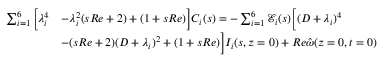
\begin{array} { r l } { \sum _ { i = 1 } ^ { 6 } \bigg [ \lambda _ { i } ^ { 4 } } & { - \lambda _ { i } ^ { 2 } ( s R e + 2 ) + ( 1 + s R e ) \bigg ] C _ { i } ( s ) = - \sum _ { i = 1 } ^ { 6 } \mathscr { E } _ { i } ( s ) \bigg [ ( D + \lambda _ { i } ) ^ { 4 } } \\ & { - ( s R e + 2 ) ( D + \lambda _ { i } ) ^ { 2 } + ( 1 + s R e ) \bigg ] I _ { i } ( s , z = 0 ) + R e \hat { \omega } ( z = 0 , t = 0 ) } \end{array}